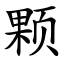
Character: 颗